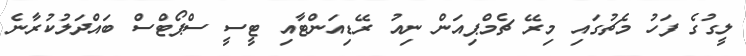
ލީގުގެ ފަހު މެޗުގައި މިރޭ ޗެމްޕިއަން ނިއު ރޭޑިއަންޓާއި ޓީސީ ސްޕޯޓްސް ބައްދަލުކުރާނެ